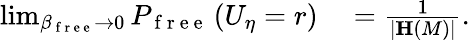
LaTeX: \begin{array}{rl}{\operatorname*{lim}_{\beta_{\mathrm{~f~r~e~e~}}\rightarrow 0}P_{\mathrm{~f~r~e~e~}}\left(U_{\eta}=r\right)}&{{}=\frac{1}{\vert\mathbf{H}\left(M\right)\vert}.}\end{array}